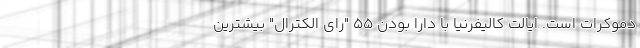
دموکرات است. ایالت کالیفرنیا با دارا بودن 55 "رای الکترال" بیشترین